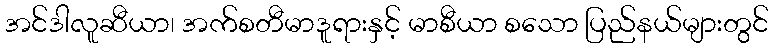
အင်ဒါလူဆီယာ၊ အက်စတီမာဒူရားနှင့် မာစီယာ စသော ပြည်နယ်များတွင်